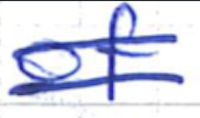
Text: of
Cross-out: double-line
Writing tool: ballpoint